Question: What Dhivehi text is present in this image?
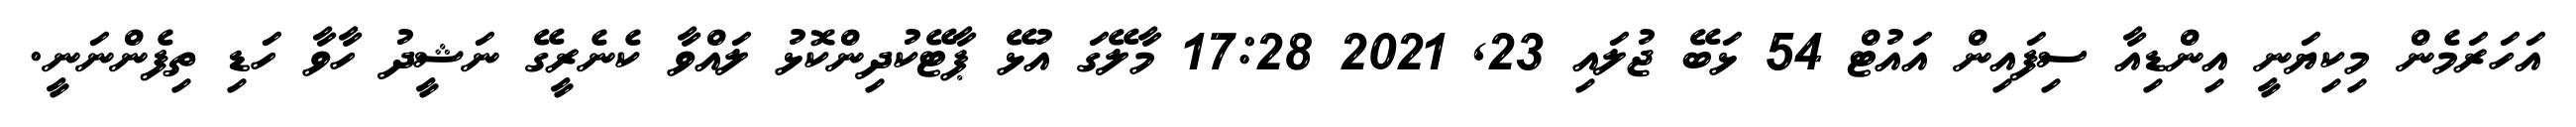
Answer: އަހަރަމެން މިކިޔަނީ އިންޑިއާ ސިފައިން އައުޓް 54 ޅަބޭ ޖުލައި 23, 2021 17:28 މާލޭގަ އުޅޭ ޕާޓޭކުދިންކޮޅު ލައްވާ ކެނެރީގޭ ނަޝީދު ހާވާ ހަޑި ތިފެންނަނީ.